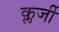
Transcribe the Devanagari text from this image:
क्लर्जी